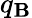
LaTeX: q_{\mathbf{B}}